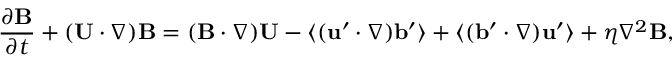
\frac { \partial { \bf { B } } } { \partial t } + ( { \bf { U } } \cdot \nabla ) { \bf { B } } = ( { \bf { B } } \cdot \nabla ) { \bf { U } } - \langle { ( { \bf { u } } ^ { \prime } \cdot \nabla ) { \bf { b } } ^ { \prime } } \rangle + \langle { ( { \bf { b } } ^ { \prime } \cdot \nabla ) { \bf { u } } ^ { \prime } } \rangle + \eta \nabla ^ { 2 } { \bf { B } } ,